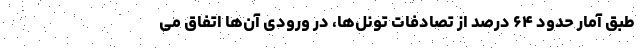
طبق آمار حدود ۶۴ درصد از تصادفات تونل‌ها، در ورودی آن‌ها اتفاق می